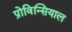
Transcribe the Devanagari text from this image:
प्रोविन्सियाल